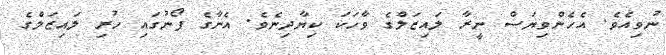
ނުވިއެވެ. އެހެންވިޔަސް ނީރާ ލައިޒަލްގެ ވާހަކަ ކިޔާދިނެވެ. އެނާގެ ފޯނުގައި ހުރި ލައިޒަލްގެ